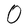
Character: O